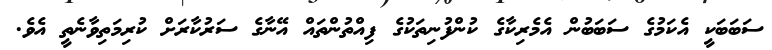
ސަބަބަކީ އެކަމުގެ ސަބަބުން އެމެރިކާގެ ކުންފުނިތަކުގެ ފިއްތުންތައް އޭނާގެ ސަރުކާރަށް ކުރިމަތިވާނެތީ އެވެ.